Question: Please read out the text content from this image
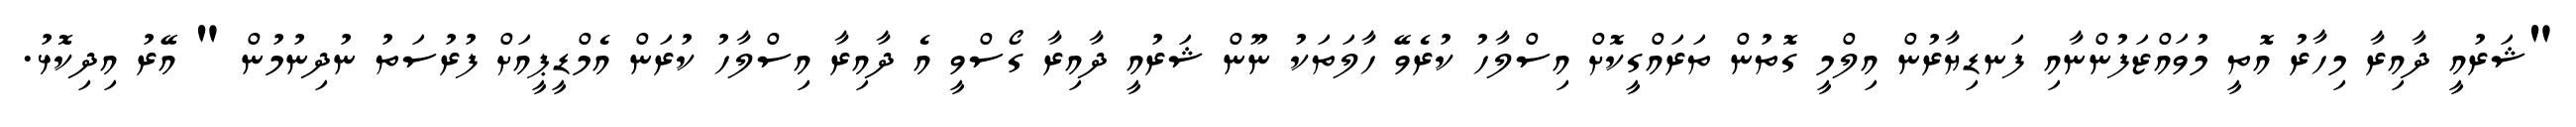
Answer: "ޝަރުއީ ދާއިރާ މިހާރު އޮތީ މުވައްޒަފުންނާއި ފަނޑިޔާރުން އިލްމީ ގޮތުން ތަރައްގީކޮށް އިސްލާހު ކުރެވޭ ހާލަތަކު ނޫން ޝަރުއީ ދާއިރާ ގޯސްވީ އެ ދާއިރާ އިސްލާހު ކުރަން އެމްޑީޕީއަށް ފުރުސަތު ނުދިނުމުން " އޭރު އިދިކޮޅު.